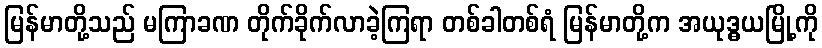
မြန်မာတို့သည် မကြာခဏ တိုက်ခိုက်လာခဲ့ကြရာ တစ်ခါတစ်ရံ မြန်မာတို့က အယုဒ္ဓယမြို့ကို